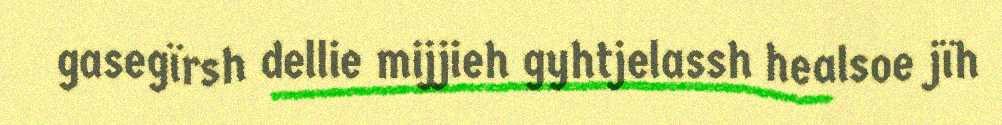
gasegïrsh dellie mijjieh gyhtjelassh healsoe jïh